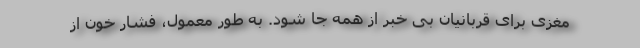
مغزی برای قربانیان بی خبر از همه جا شود. به طور معمول، فشار خون از